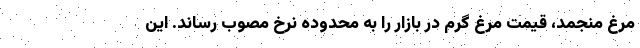
مرغ منجمد، قیمت مرغ گرم در بازار را به محدوده نرخ مصوب رساند. این